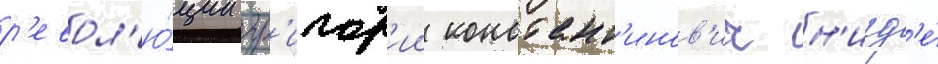
р'евол'ю́ции гр'игор'ии констант'инов'ич н'игд'е́